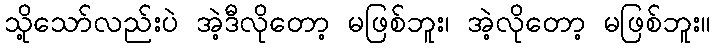
သို့သော်လည်းပဲ အဲ့ဒီလိုတော့ မဖြစ်ဘူး၊ အဲ့လိုတော့ မဖြစ်ဘူး။